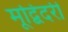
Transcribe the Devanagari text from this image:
मूद्बिदरी